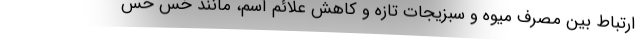
ارتباط بین مصرف میوه و سبزیجات تازه و کاهش علائم آسم، مانند خس خس